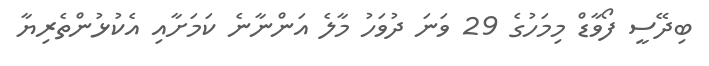
ބިދޭސީ ފޯވާޑް މިމަހުގެ 29 ވަނަ ދުވަހު މާލެ އަންނާނެ ކަމަށާއި އެކުޅުންތެރިޔާ